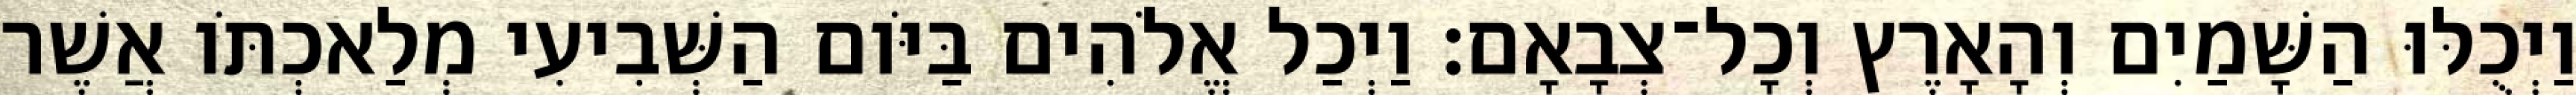
וַיְכֻלּוּ הַשָּׁמַיִם וְהָאָרֶץ וְכָל־צְבָאָם׃ וַיְכַל אֱלֹהִים בַּיֹּום הַשְּׁבִיעִי מְלַאכְתֹּו אֲשֶׁר